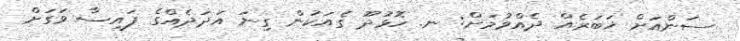
ސަންއަށް ޚަބަރެއް ދެއްވުމަށް: ނ. ހޮޅުދޫ ގެއަކުން ގިނަ އަދަދެއްގެ ފައިސާ ވަގަށް